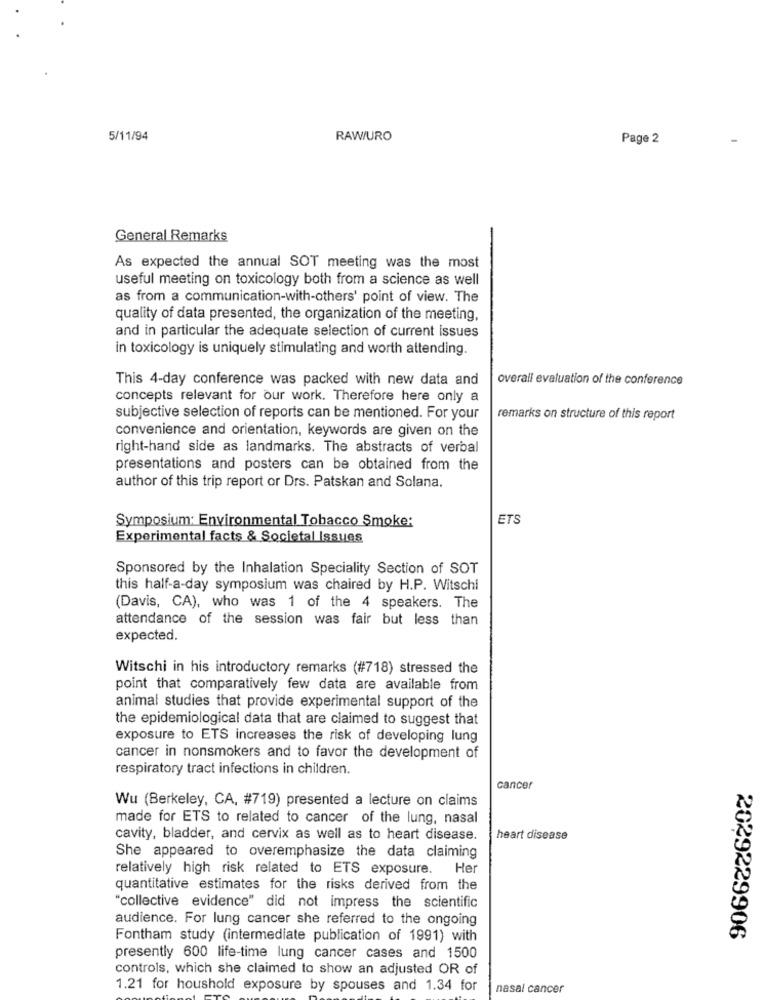
5/11/94
RAW/URO
Page 2
General Remarks
As expected the annual SOT meeting was the most
useful meeting on toxicology both from a science as well
as from a communication-with-others' point of view. The
quality of data presented, the organization of the meeting,
and in particular the adequate selection of current issues
in toxicology is uniquely stimulating and worth attending.
This 4-day conference was packed with new data and
overall evaluation of the conference
concepts relevant for our work. Therefore here only a
subjective selection of reports can be mentioned. For your
remarks on structure of this report
convenience and orientation, keywords are given on the
right-hand side as landmarks. The abstracts of verbal
presentations and posters can be obtained from the
author of this trip report or Drs. Patskan and Solana.
ETS
Symposium: Environmental Tobacco Smoke:
Experimental facts & Societal Issues
Sponsored by the Inhalation Speciality Section of SOT
this half-a-day symposium was chaired by H.P. Witschi
(Davis, CA), who was 1 of the 4 speakers. The
attendance of the session was fair but less than
expected.
Witschi in his introductory remarks (#718) stressed the
point that comparatively few data are available from
animal studies that provide experimental support of the
the epidemiological data that are claimed to suggest that
exposure to ETS increases the risk of developing lung
cancer in nonsmokers and to favor the development of
respiratory tract infections in children.
cancer
Wu (Berkeley, CA, #719) presented a lecture on claims
made for ETS to related to cancer of the lung, nasal
cavity, bladder, and cervix as well as to heart disease.
heart disease
She appeared to overemphasize the data claiming
relatively high risk related to ETS exposure.
. Her
quantitative estimates for the risks derived from the
"collective evidence" did not impress the scientific
audience. For lung cancer she referred to the ongoing
Fontham study (intermediate publication of 1991) with
2029229906
presently 600 life-time lung cancer cases and 1500
controls, which she claimed to show an adjusted OR of
1.21 for houshold exposure by spouses and 1.34 for
nasal cancer